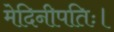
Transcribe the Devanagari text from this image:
मेदिनीपतिः।